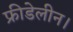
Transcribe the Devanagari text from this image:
फ्रीडेलीन।